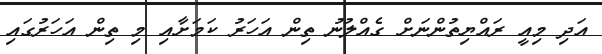
އަދި މިއީ ރައްޔިތުންނަށް ގެއްލުނު ތިން އަހަރު ކަމަށާއި މި ތިން އަހަރުގައި